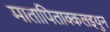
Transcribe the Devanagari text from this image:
मातापिताक्कलइयुन